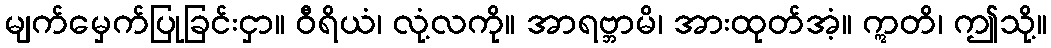
မျက်မှေက်ပြုခြင်းငှာ။ ဝီရိယံ၊ လုံ့လကို။ အာရဗ္ဘာမိ၊ အားထုတ်အံ့။ ဣတိ၊ ဤသို့။